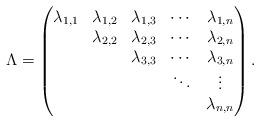
LaTeX: \begin{align*}\Lambda=\left(\begin{matrix} \lambda_{1,1} & \lambda_{1,2} & \lambda_{1,3} & \cdots & \lambda_{1,n} \\& \lambda_{2,2} & \lambda_{2,3} & \cdots & \lambda_{2,n} \\& & \lambda_{3,3} & \cdots & \lambda_{3,n}\\& & & \ddots & \vdots \\& & & & \lambda_{n,n}\end{matrix}\right).\end{align*}